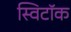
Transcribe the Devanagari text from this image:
स्विटॉक